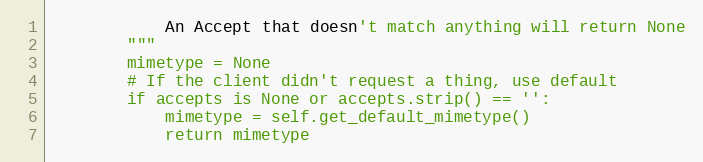
Language: Python
		    An Accept that doesn't match anything will return None
		"""
		mimetype = None
		# If the client didn't request a thing, use default
		if accepts is None or accepts.strip() == '':
			mimetype = self.get_default_mimetype()
			return mimetype